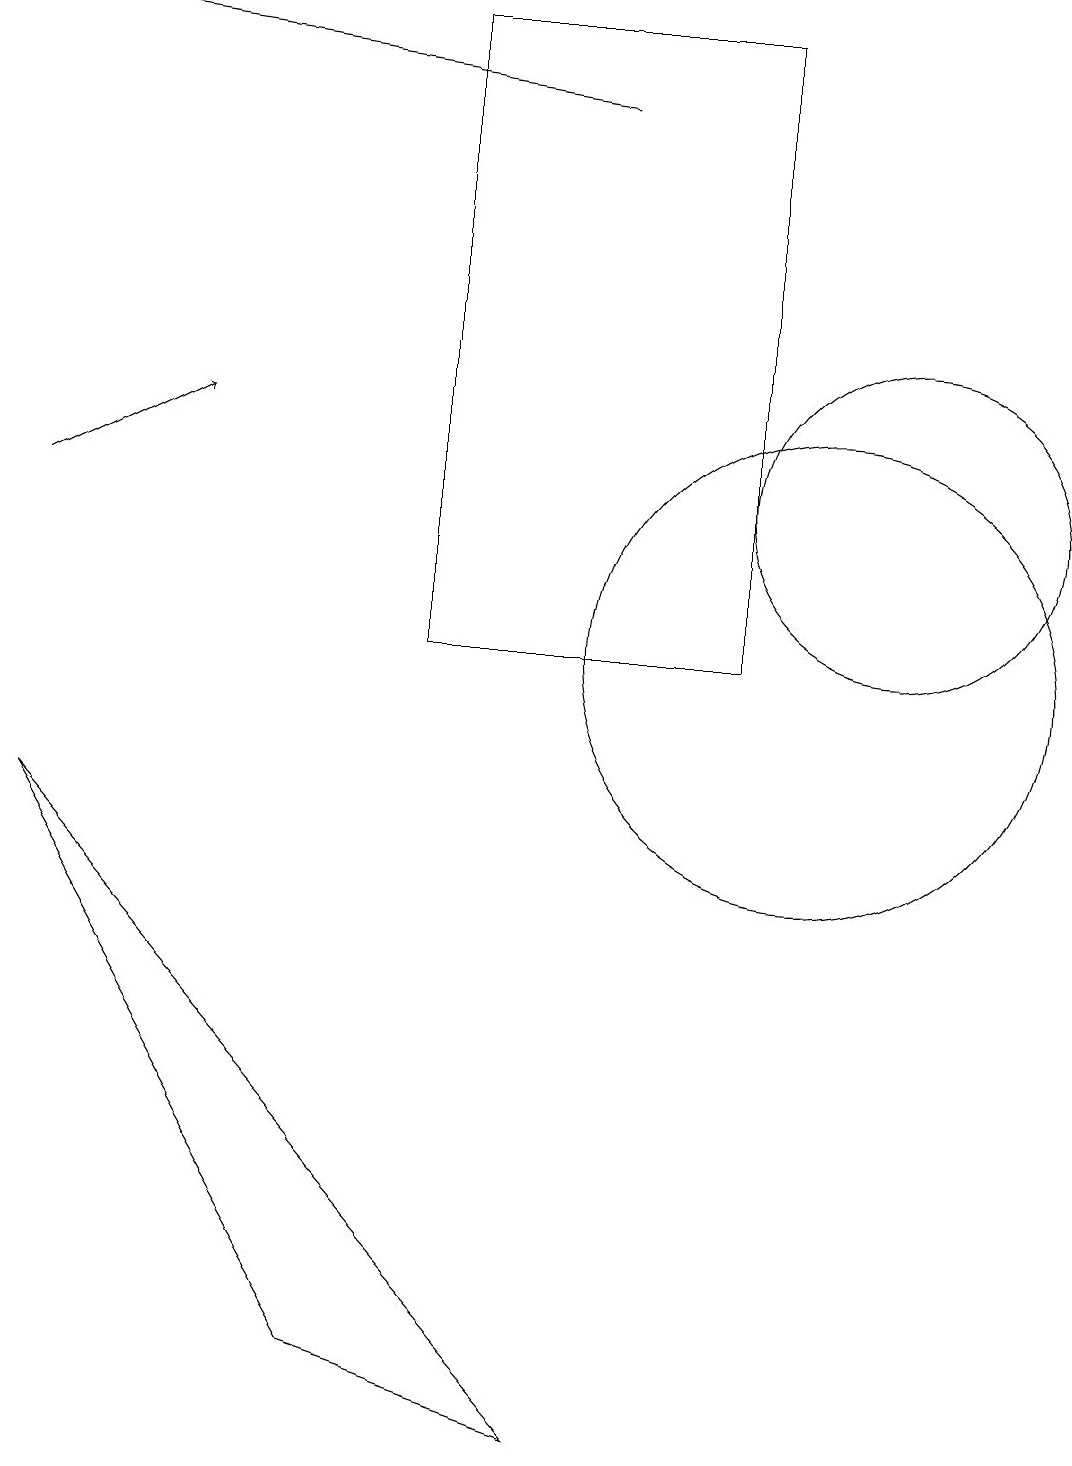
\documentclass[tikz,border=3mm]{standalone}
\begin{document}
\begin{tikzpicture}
\draw (7,0) -- (4,1) -- (0,8) -- cycle;
\draw (11,12) circle (2);
\draw (9,10) rectangle (5,18);
\draw (10,10) circle (3);
\draw[->] (7,17) -- (0,18);
\draw[->] (0,12) -- (2,13);
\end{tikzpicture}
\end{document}